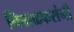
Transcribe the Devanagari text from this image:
निंबाळकरांनी